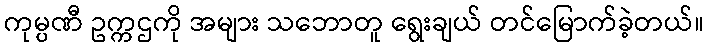
ကုမ္ပဏီ ဥက္ကဌကို အများ သဘောတူ ရွေးချယ် တင်မြောက်ခဲ့တယ်။